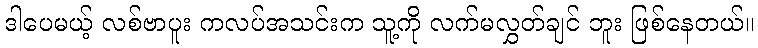
ဒါပေမယ့် လစ်ဗာပူး ကလပ်အသင်းက သူ့ကို လက်မလွှတ်ချင် ဘူး ဖြစ်နေတယ်။